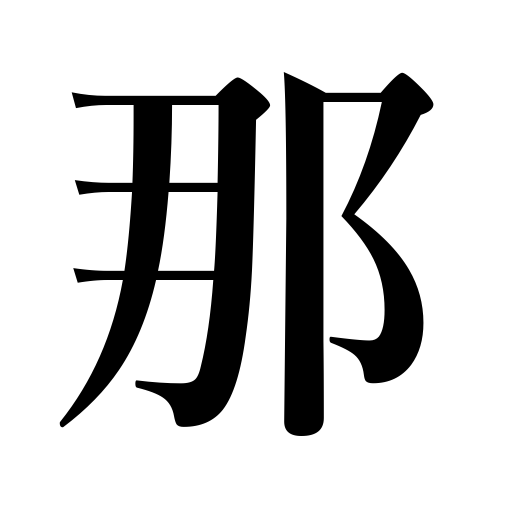
Meanings: what